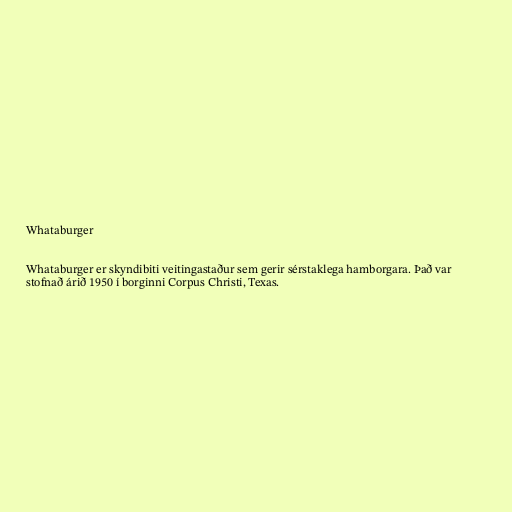
Whataburger

Whataburger er skyndibiti veitingastaður sem gerir sérstaklega hamborgara. Það var
stofnað árið 1950 í borginni Corpus Christi, Texas.